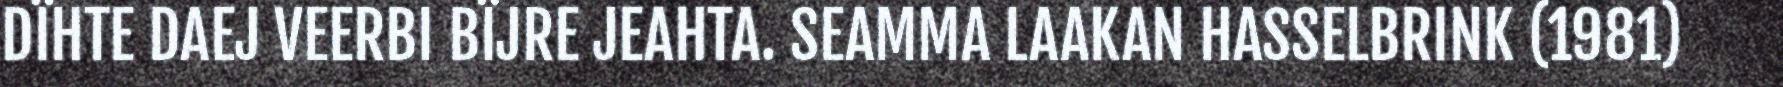
DÏHTE DAEJ VEERBI BÏJRE JEAHTA. SEAMMA LAAKAN HASSELBRINK (1981)